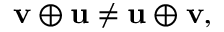
\mathbf { v } \oplus \mathbf { u } \neq \mathbf { u } \oplus \mathbf { v } ,